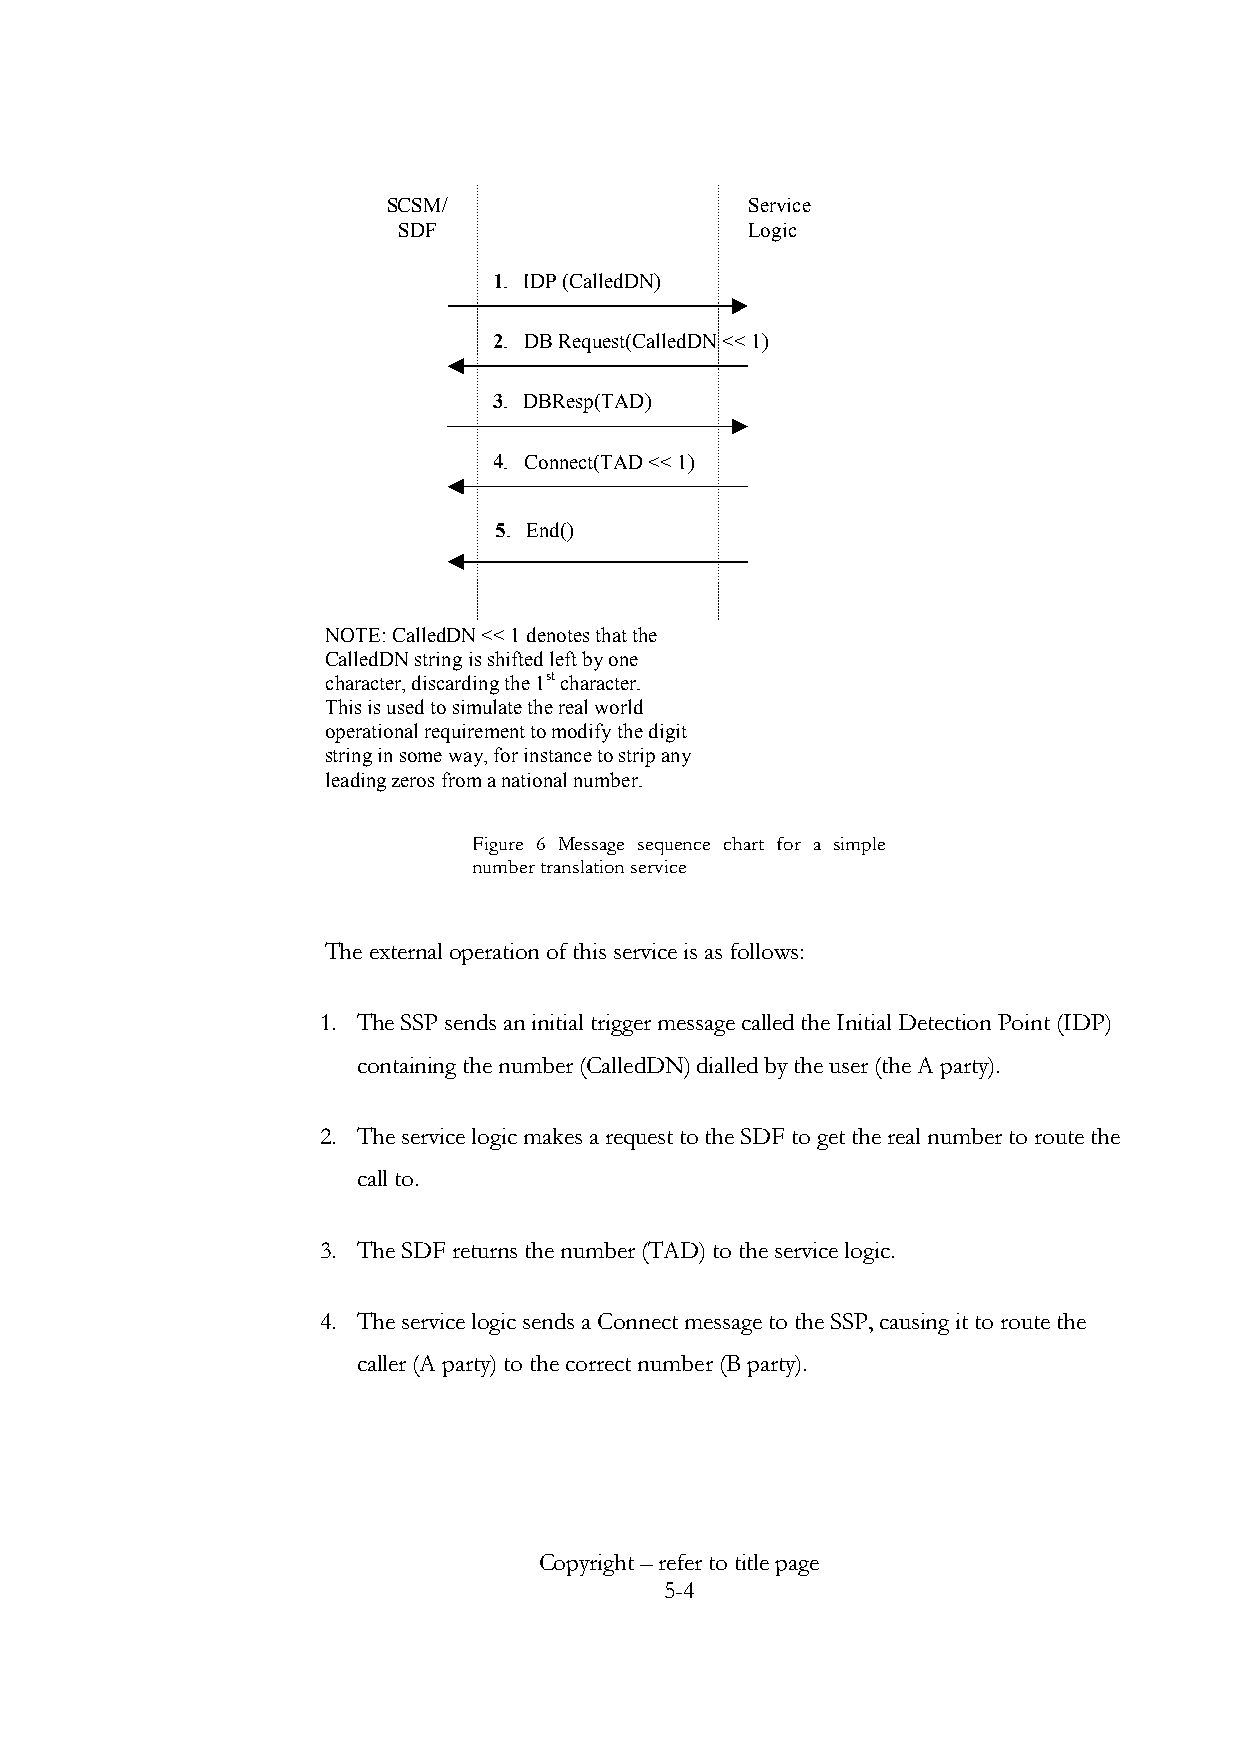
SCSM/                   Service
 SDF                     Logic
 1. IDP (CalledDN)
 2. DB Request(CalledDN << 1)
 3. DBResp(TAD)
 4. Connect(TAD << 1)
 5. End()
 NOTE: CalledDN << 1 denotes that the
 CalledDN string is shifted left by one
 character, discarding the 1st character.
 This is used to simulate the real world
 operational requirement to modify the digit
 string in some way, for instance to strip any
 leading zeros from a national number.
 Figure 6 Message sequence chart for a simple
 number translation service
 The external operation of this service is as follows:
 1. The SSP sends an initial trigger message called the Initial Detection Point (IDP)
 containing the number (CalledDN) dialled by the user (the A party).
 2. The service logic makes a request to the SDF to get the real number to route the
 call to.
 3. The SDF returns the number (TAD) to the service logic.
 4. The service logic sends a Connect message to the SSP, causing it to route the
 caller (A party) to the correct number (B party).
 Copyright – refer to title page
 5-4